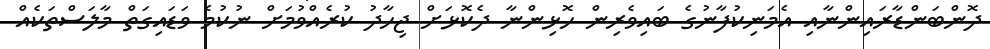
ދޮންބަންޑާރައިންނާއި އެމަނިކުފާނުގެ ބައިވެރިން ހޮޅިންނާ ދެކޮޅަށް ޖިހާދު ކުރެއްވުމަށް ނުކުމެ ވަޑައިގަތް މާލަސްތަކެއް